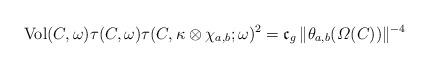
LaTeX: \begin{align*}{\rm Vol}(C,\omega)\tau(C,\omega)\tau(C,\kappa\otimes\chi_{a,b};\omega)^{2}={\frak c}_{g}\,\|\theta_{a,b}(\varOmega(C))\|^{-4}\end{align*}